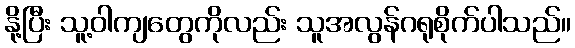
နို့ပြီး သူ့ဝါကျတွေကိုလည်း သူအလွန်ဂရုစိုက်ပါသည်။